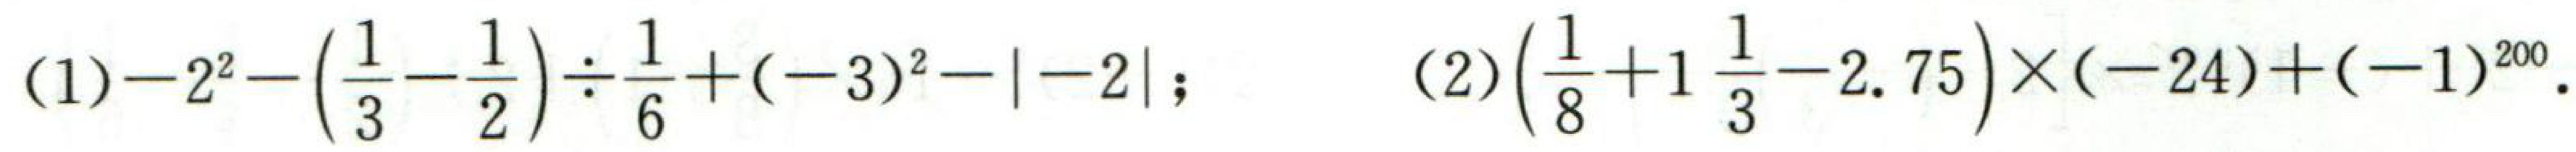
(1)$-2^{2}-\left(\dfrac{1}{3}-\dfrac{1}{2}\right)\div\dfrac{1}{6}+(-3)^{2}-\vert - 2\vert$；(2)$\left(\dfrac{1}{8}+1\dfrac{1}{3}-2.75\right)\times(-24)+(-1)^{2020}$.